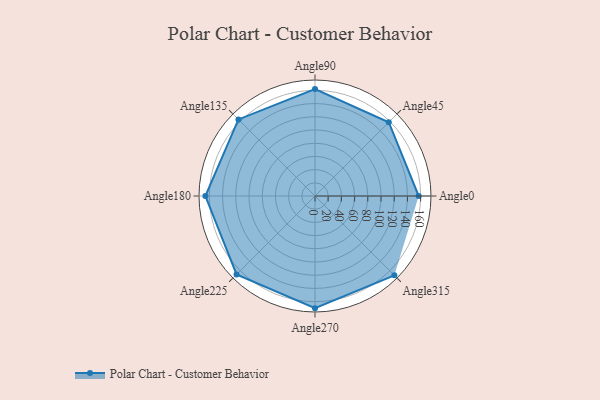
{"axis": {"x": "Angle", "y": "Radius"}, "legend": [""], "data": [{"x": "Angle0", "y": 157.0, "type": ""}, {"x": "Angle45", "y": 158.0, "type": ""}, {"x": "Angle90", "y": 162.0, "type": ""}, {"x": "Angle135", "y": 164.0, "type": ""}, {"x": "Angle180", "y": 166.0, "type": ""}, {"x": "Angle225", "y": 168.0, "type": ""}, {"x": "Angle270", "y": 170, "type": ""}, {"x": "Angle315", "y": 170, "type": ""}]}